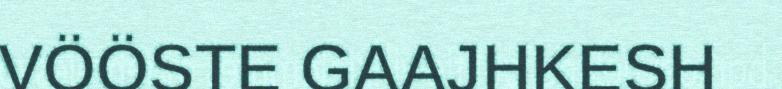
VÖÖSTE GAAJHKESH